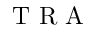
\mathrm { ~ T ~ R ~ A ~ }